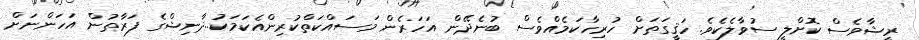
ރީޝާވެސް ކޮށްލީ ސުވާލެކެވެ. ހަޤީގަތަށް ހުރިހާކަމެއްވެސް ބުނެދޭން އަހަރެން މަސައްކަތްކުރިިންއެކަމަކު..ދާނިޝްގެ ފަރާތުން އަހަންނަށް